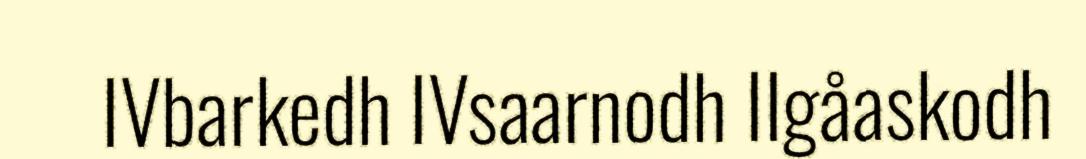
IVbarkedh IVsaarnodh IIgåaskodh